Document type: Sale
Year: 1423
Scribe: Joan Franc
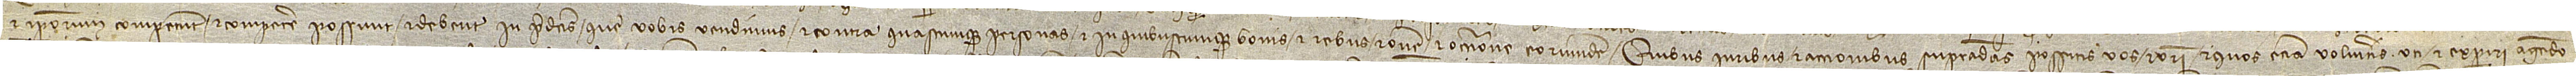
et ipsorum competunt et competere possunt et debent in predictis que vobis vendimus, et contra quascumque personas et in quibuscumque bonis et rebus ratione et occasione eorumdem. Quibus iuribus et accionibus supradictas possitis vos et vestri et quos etiam volueritis uti et experiri, agendo,